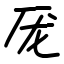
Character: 厐